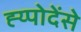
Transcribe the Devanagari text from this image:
ह्य्पोदेंसे